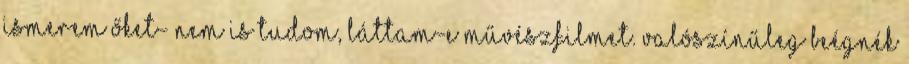
ismerem őket- nem is tudom, láttam-e művészfilmet. Valószínűleg beégnék